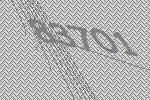
83701